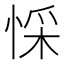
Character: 㥒